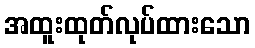
အထူးထုတ်လုပ်ထားသော